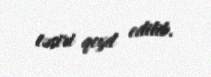
təsiri qeyd edilib.